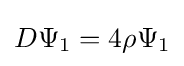
D\Psi _{1}=4\rho \Psi _{1}